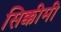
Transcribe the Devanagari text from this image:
सिक्कीमी